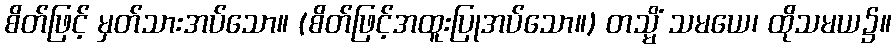
စိတ်ဖြင့် မှတ်သားအပ်သော။ (စိတ်ဖြင့်အထူးပြုအပ်သော။) တသ္မိံ သမယေ၊ ထိုသမယ၌။